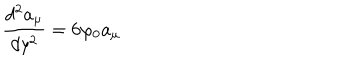
\frac { d ^ { 2 } a _ { \mu } } { d y ^ { 2 } } = 6 \varphi _ { 0 } a _ { \mu }